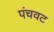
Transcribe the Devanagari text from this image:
पंचवट